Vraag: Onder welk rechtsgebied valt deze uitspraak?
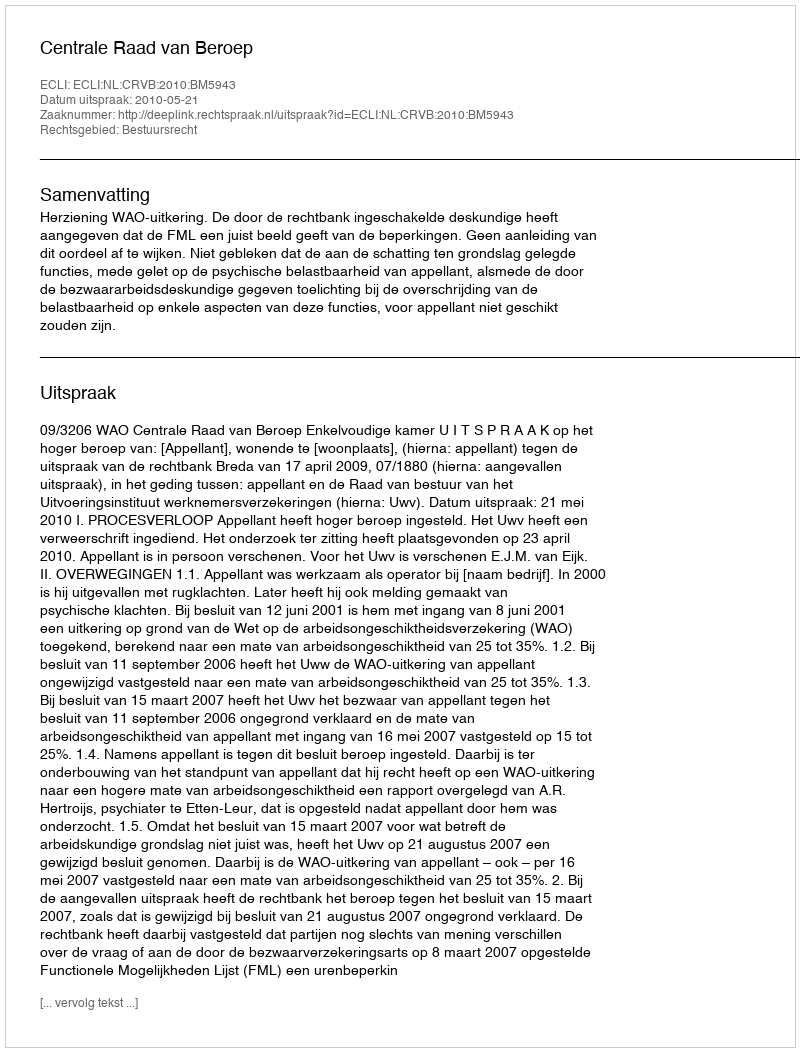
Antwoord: Bestuursrecht